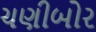
ચણીબોર